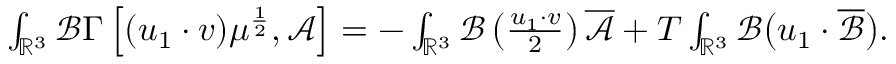
\begin{array} { r } { \int _ { \mathbb { R } ^ { 3 } } \mathscr { B } \Gamma \left[ ( u _ { 1 } \cdot v ) \mu ^ { \frac { 1 } { 2 } } , \mathscr { A } \right] = - \int _ { \mathbb { R } ^ { 3 } } \mathscr { B } \left( \frac { u _ { 1 } \cdot v } { 2 } \right) \overline { { \mathscr { A } } } + T \int _ { \mathbb { R } ^ { 3 } } \mathscr { B } \big ( u _ { 1 } \cdot \overline { \mathscr { B } } \big ) . } \end{array}